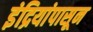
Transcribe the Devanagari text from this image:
इंद्रियांपासून